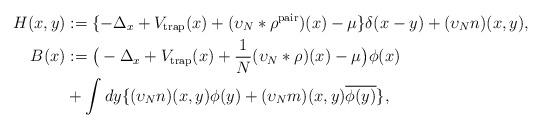
LaTeX: \begin{align*}H(x,y) &:= \{-\Delta_x + V_\mathrm{trap}(x) + (\upsilon_N\ast\rho^\mathrm{pair})(x)-\mu\}\delta(x-y)+ (\upsilon_N n)(x,y), \\B(x) &:= \big(-\Delta_x + V_\mathrm{trap}(x) + \frac{1}{N}(\upsilon_N\ast \rho)(x) - \mu\big)\phi(x) \\&+ \int{dy\{(\upsilon_N n)(x,y)\phi(y)+(\upsilon_N m)(x,y)\overline{\phi(y)}\}},\end{align*}